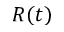
R ( t )